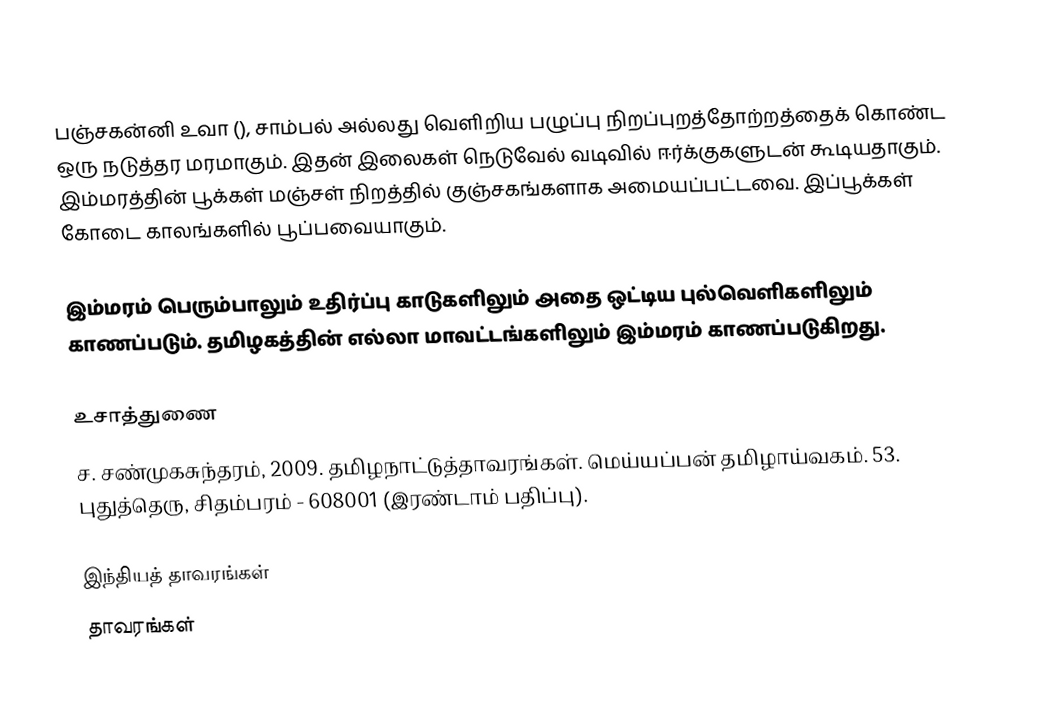
பஞ்சகன்னி உவா (), சாம்பல் அல்லது வெளிறிய பழுப்பு நிறப்புறத்தோற்றத்தைக் கொண்ட ஒரு நடுத்தர மரமாகும். இதன் இலைகள் நெடுவேல் வடிவில் ஈர்க்குகளுடன் கூடியதாகும். இம்மரத்தின் பூக்கள் மஞ்சள் நிறத்தில் குஞ்சகங்களாக அமையப்பட்டவை. இப்பூக்கள் கோடை காலங்களில் பூப்பவையாகும்.

இம்மரம் பெரும்பாலும் உதிர்ப்பு காடுகளிலும் அதை ஒட்டிய புல்வெளிகளிலும் காணப்படும். தமிழகத்தின் எல்லா மாவட்டங்களிலும் இம்மரம் காணப்படுகிறது.

உசாத்துணை
 ச. சண்முகசுந்தரம், 2009. தமிழநாட்டுத்தாவரங்கள். மெய்யப்பன் தமிழாய்வகம். 53. புதுத்தெரு, சிதம்பரம் - 608001 (இரண்டாம் பதிப்பு).

இந்தியத் தாவரங்கள்
தாவரங்கள்